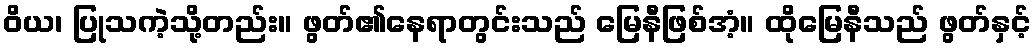
ဝိယ၊ ပြုသကဲ့သို့တည်း။ ဖွတ်၏နေရာတွင်းသည် မြေနီဖြစ်အံ့။ ထိုမြေနီသည် ဖွတ်နှင့်